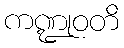
ကဏ္ဍုဝတိ